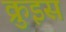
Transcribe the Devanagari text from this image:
क्रुइस